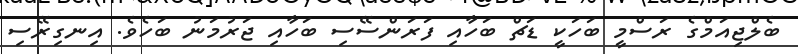
ބެލްޖިއަމްގެ ރަސްމީ ބަހަކީ ޑަޗް ބަހާއި ފަރަންސޭސި ބަހާއި ޖަރުމަނު ބަހެވެ. އިނގިރޭސި